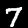
Digit: 7